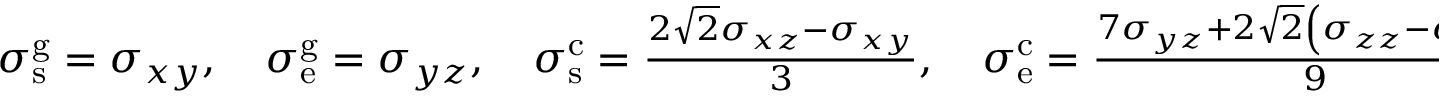
\begin{array} { r } { \sigma _ { \mathrm { s } } ^ { \mathrm { g } } = \sigma _ { x y } , \quad \sigma _ { \mathrm { e } } ^ { \mathrm { g } } = \sigma _ { y z } , \quad \sigma _ { \mathrm { s } } ^ { \mathrm { c } } = \frac { 2 \sqrt { 2 } \sigma _ { x z } - \sigma _ { x y } } { 3 } , \quad \sigma _ { \mathrm { e } } ^ { \mathrm { c } } = \frac { 7 \sigma _ { y z } + 2 \sqrt { 2 } \left( \sigma _ { z z } - \sigma _ { y y } \right) } { 9 } } \end{array}